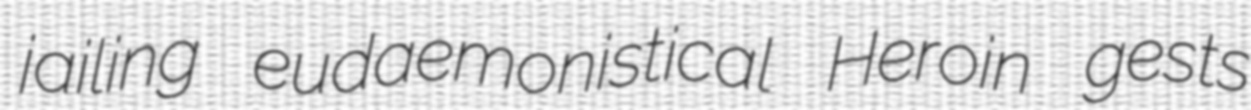
jailing eudaemonistical Heroin gests